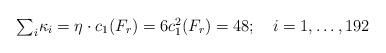
LaTeX: \begin{align*}\textstyle{\sum_{i}} \kappa_{i} = \eta \cdot c_{1}(F_{r}) = 6c^{2}_{1}(F_{r}) = 48;\quad i=1,\ldots,192\end{align*}